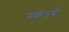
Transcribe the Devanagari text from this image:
सर्कलचे